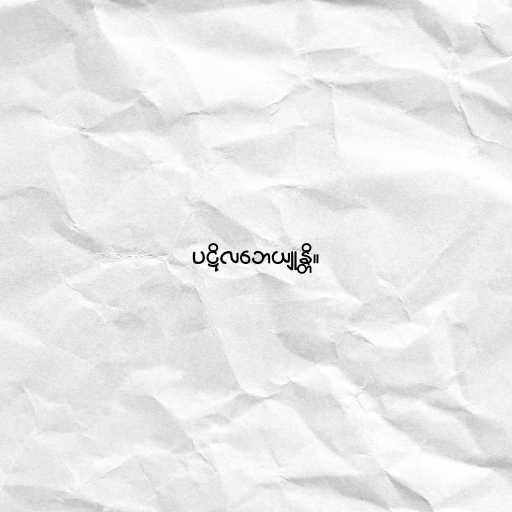
ပဋိလဘေယျုန္တိ။